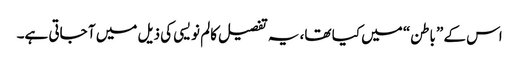
اس کے ”باطن“ میں کیا تھا، یہ تفصیل کالم نویسی کی ذیل میں آ جاتی ہے۔